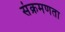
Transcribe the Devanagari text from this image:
संक्रमणता